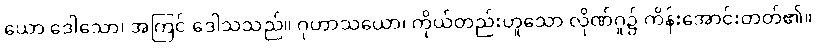
ယော ဒေါသော၊ အကြင် ဒေါသသည်။ ဂုဟာသယော၊ ကိုယ်တည်းဟူသော လိုဏ်ဂူ၌ ကိန်းအောင်းတတ်၏။